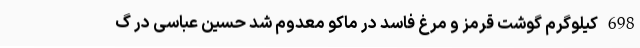
698 کیلوگرم گوشت قرمز و مرغ فاسد در ماکو معدوم شد حسین عباسی در گ